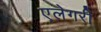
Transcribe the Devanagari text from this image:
एलेगरी